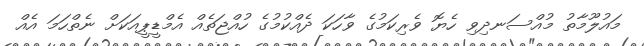
މައުލޫމާތު މުއްސަނދިވި ހެޔޮ ވެރިކަމުގެ ވާހަކަ ދެއްކުމުގެ ހުއްޖަތެއް އެމްޑީޕީއަކަށް ނެތްހަމަ އެއް